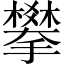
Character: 攀